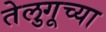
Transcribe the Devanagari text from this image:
तेलुगूच्या